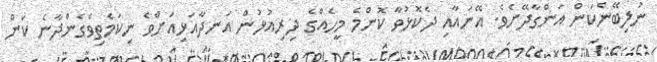
ނުލިބޭނެކަން އަންގާދޭށެވެ. އޭނައާއި ދެކޮޅުވާ ކޮންމެ މީހެއްގެ ދިރިއުޅުން އަނދާއަޅިއަށްވެ ނިިކަމެތިވެގެންދާނެ ކަން